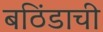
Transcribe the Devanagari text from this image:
बठिंडाची